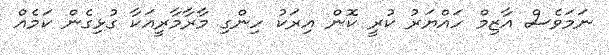
ނަމަވެސް އާޒިމް ހައްޔަރު ކުރީ ކޮން އިރަކު ހިންގި މާރާމާރީއަކާ ގުޅިގެން ކަމެއް